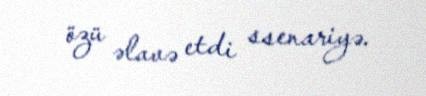
özü əlavə etdi ssenariyə.